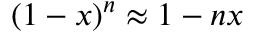
( 1 - x ) ^ { n } \approx 1 - n x